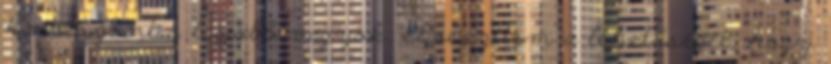
Ha viszont a legjobb vagyok, elveszítem a lehetőséget, hogy